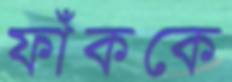
ফাঁককে